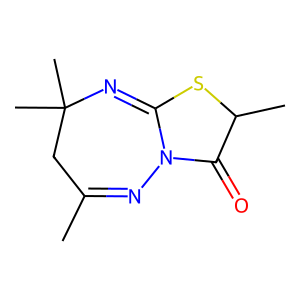
SMILES: CC1=NN2C(=O)C(C)SC2=NC(C)(C)C1
Inhibits HIV replication: No